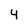
Character: 4